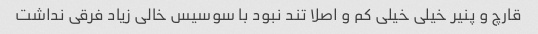
قارچ و پنیر خیلی خیلی کم و اصلا تند نبود با سوسیس خالی زیاد فرقی نداشت